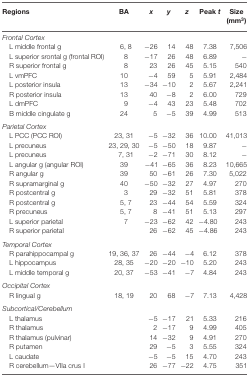
<table><thead><tr><td><b>Regions</b></td><td><b>BA</b></td><td><b><i>x</i></b></td><td><b><i>y</i></b></td><td><b><i>z</i></b></td><td><b>Peak <i>t</i></b></td><td><b>Size (mm<sup>3</sup>)</b></td></tr></thead><tbody><tr><td><i>Frontal Cortex</i></td></tr><tr><td>L middle frontal g</td><td>6, 8</td><td>−26</td><td>14</td><td>48</td><td>7.38</td><td>7,506</td></tr><tr><td>L superior srontal g (frontal ROI)</td><td>8</td><td>−17</td><td>26</td><td>48</td><td>6.89</td><td>−</td></tr><tr><td>R superior frontal g</td><td>8</td><td>23</td><td>26</td><td>45</td><td>5.15</td><td>540</td></tr><tr><td>L vmPFC</td><td>10</td><td>−4</td><td>59</td><td>5</td><td>5.91</td><td>2,484</td></tr><tr><td>L posterior insula</td><td>13</td><td>−34</td><td>−10</td><td>2</td><td>5.67</td><td>2,241</td></tr><tr><td>R posterior insula</td><td>13</td><td>40</td><td>−8</td><td>2</td><td>6.00</td><td>729</td></tr><tr><td>L dmPFC</td><td>9</td><td>−4</td><td>43</td><td>23</td><td>5.48</td><td>702</td></tr><tr><td>B middle cingulate g</td><td>24</td><td>5</td><td>−5</td><td>39</td><td>4.99</td><td>513</td></tr><tr><td><i>Parietal Cortex</i></td></tr><tr><td>L PCC (PCC ROI)</td><td>23, 31</td><td>−5</td><td>−32</td><td>36</td><td>10.00</td><td>41,013</td></tr><tr><td>L precuneus</td><td>23, 29, 30</td><td>−5</td><td>−50</td><td>18</td><td>9.87</td><td>−</td></tr><tr><td>L precuneus</td><td>7, 31</td><td>−2</td><td>−71</td><td>30</td><td>8.12</td><td>−</td></tr><tr><td>L angular g (angular ROI)</td><td>39</td><td>−41</td><td>−65</td><td>36</td><td>8.23</td><td>10,665</td></tr><tr><td>R angular g</td><td>39</td><td>50</td><td>−61</td><td>26</td><td>7.30</td><td>5,022</td></tr><tr><td>R supramarginal g</td><td>40</td><td>−50</td><td>−32</td><td>27</td><td>4.97</td><td>270</td></tr><tr><td>R postcentral g</td><td>3</td><td>29</td><td>−32</td><td>51</td><td>5.81</td><td>378</td></tr><tr><td>R postcentral g</td><td>5, 7</td><td>23</td><td>−44</td><td>54</td><td>5.59</td><td>324</td></tr><tr><td>R precuneus</td><td>5, 7</td><td>8</td><td>−41</td><td>51</td><td>5.13</td><td>297</td></tr><tr><td>L superior parietal</td><td>7</td><td>−23</td><td>−62</td><td>42</td><td>−4.80</td><td>243</td></tr><tr><td>R superior parietal</td><td></td><td>26</td><td>−62</td><td>45</td><td>−4.86</td><td>243</td></tr><tr><td><i>Temporal Cortex</i></td></tr><tr><td>R parahippocampal g</td><td>19, 36, 37</td><td>26</td><td>−44</td><td>−4</td><td>6.12</td><td>378</td></tr><tr><td>L hippocampus</td><td>28, 35</td><td>−20</td><td>−20</td><td>−10</td><td>5.20</td><td>243</td></tr><tr><td>L middle temporal g</td><td>20, 37</td><td>−53</td><td>−41</td><td>−7</td><td>4.84</td><td>243</td></tr><tr><td><i>Occipital Cortex</i></td></tr><tr><td>R lingual g</td><td>18, 19</td><td>20</td><td>68</td><td>−7</td><td>7.13</td><td>4,428</td></tr><tr><td><i>Subcortical/Cerebellum</i></td></tr><tr><td>L thalamus</td><td></td><td>−5</td><td>−17</td><td>21</td><td>5.33</td><td>216</td></tr><tr><td>R thalamus</td><td></td><td>2</td><td>−17</td><td>9</td><td>4.99</td><td>405</td></tr><tr><td>R thalamus (pulvinar)</td><td></td><td>14</td><td>−32</td><td>9</td><td>4.91</td><td>270</td></tr><tr><td>R putamen</td><td></td><td>29</td><td>−5</td><td>3</td><td>5.55</td><td>324</td></tr><tr><td>L caudate</td><td></td><td>−5</td><td>−5</td><td>15</td><td>4.70</td><td>243</td></tr><tr><td>R cerebellum—VIIa crus I</td><td></td><td>26</td><td>−77</td><td>−22</td><td>4.75</td><td>351</td></tr></tbody></table>